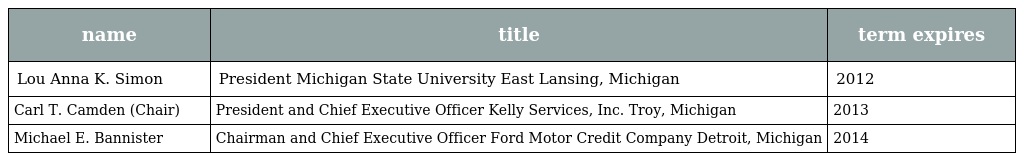
| name | title | term expires |
 | --- | --- | --- |
 | Lou Anna K. Simon | President Michigan State University East Lansing, Michigan | 2012 |
 | Carl T. Camden (Chair) | President and Chief Executive Officer Kelly Services, Inc. Troy, Michigan | 2013 |
 | Michael E. Bannister | Chairman and Chief Executive Officer Ford Motor Credit Company Detroit, Michigan | 2014 |